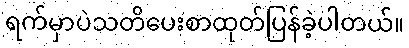
ရက်မှာပဲသတိပေးစာထုတ်ပြန်ခဲ့ပါတယ်။